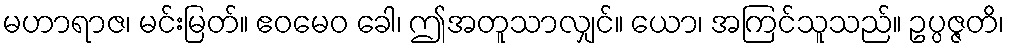
မဟာရာဇ၊ မင်းမြတ်။ ဧဝမေဝ ခေါ၊ ဤအတူသာလျှင်။ ယော၊ အကြင်သူသည်။ ဥပ္ပဇ္ဇတိ၊